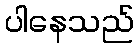
ပါနေသည်